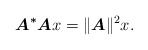
\begin{align*} \boldsymbol{A^*A} x = \|\boldsymbol{A}\|^2 x.\end{align*}